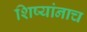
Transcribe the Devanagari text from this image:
शिष्यांनाच